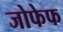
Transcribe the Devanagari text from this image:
जोफेफ